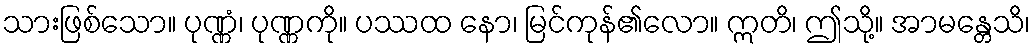
သားဖြစ်သော။ ပုဏ္ဏံ၊ ပုဏ္ဏကို။ ပဿထ နော၊ မြင်ကုန်၏လော။ ဣတိ၊ ဤသို့။ အာမန္တေသိ၊